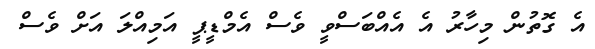
އެ ގޮތުން މިހާރު އެ އެއްބަސްވީ ވެސް އެމްޑީޕީ އަމިއްލަ އަށް ވެސް